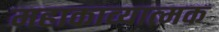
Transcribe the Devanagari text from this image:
महाकाव्‍यात्‍मक